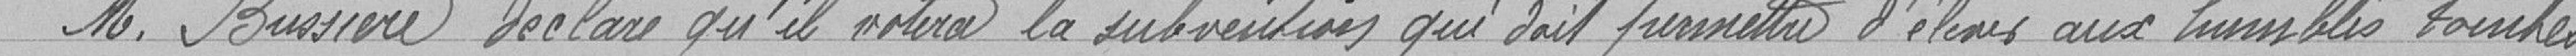
M. Bussière déclare qu'il votera la subvention qui doit permettre d'élever aux humbles touchés